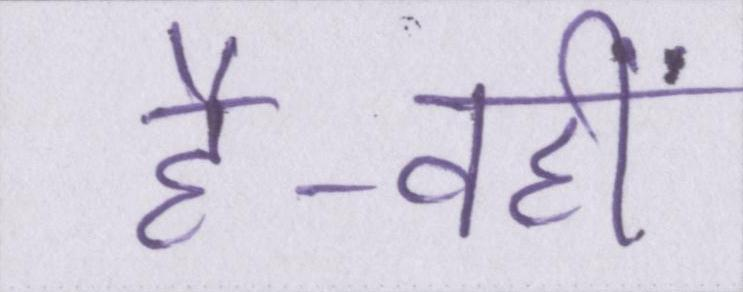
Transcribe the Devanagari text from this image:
है-वहीं